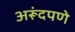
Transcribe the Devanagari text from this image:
अरूंदपणे